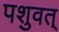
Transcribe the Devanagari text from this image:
पशुवत्